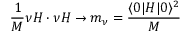
{ \frac { 1 } { M } } \nu H \cdot \nu H \rightarrow m _ { \nu } = { \frac { \langle 0 | H | 0 \rangle ^ { 2 } } { M } }